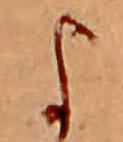
よ